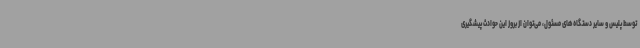
توسط پلیس و سایر دستگاه‌های مسئول، می‌توان از بروز این حوادث پیشگیری